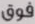
فوق